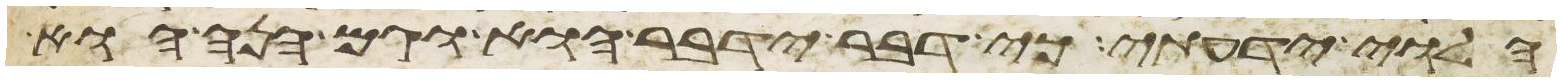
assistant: הלוי ידעתי כי דבר ידבר הוא וגם הנה הוא